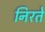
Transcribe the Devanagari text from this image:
निरते